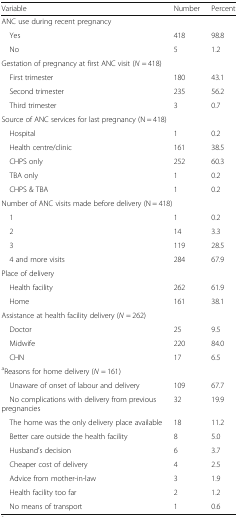
<table><thead><tr><td><b>Variable</b></td><td><b>Number</b></td><td><b>Percent</b></td></tr></thead><tbody><tr><td colspan="3">ANC use during recent pregnancy</td></tr><tr><td> Yes</td><td>418</td><td>98.8</td></tr><tr><td> No</td><td>5</td><td>1.2</td></tr><tr><td colspan="3">Gestation of pregnancy at first ANC visit (<i>N</i> = 418)</td></tr><tr><td> First trimester</td><td>180</td><td>43.1</td></tr><tr><td> Second trimester</td><td>235</td><td>56.2</td></tr><tr><td> Third trimester</td><td>3</td><td>0.7</td></tr><tr><td colspan="3">Source of ANC services for last pregnancy (N = 418)</td></tr><tr><td> Hospital</td><td>1</td><td>0.2</td></tr><tr><td> Health centre/clinic</td><td>161</td><td>38.5</td></tr><tr><td> CHPS only</td><td>252</td><td>60.3</td></tr><tr><td> TBA only</td><td>1</td><td>0.2</td></tr><tr><td> CHPS &amp; TBA</td><td>1</td><td>0.2</td></tr><tr><td colspan="3">Number of ANC visits made before delivery (N = 418)</td></tr><tr><td> 1</td><td>1</td><td>0.2</td></tr><tr><td> 2</td><td>14</td><td>3.3</td></tr><tr><td> 3</td><td>119</td><td>28.5</td></tr><tr><td> 4 and more visits</td><td>284</td><td>67.9</td></tr><tr><td colspan="3">Place of delivery</td></tr><tr><td> Health facility</td><td>262</td><td>61.9</td></tr><tr><td> Home</td><td>161</td><td>38.1</td></tr><tr><td colspan="3">Assistance at health facility delivery (<i>N</i> = 262)</td></tr><tr><td> Doctor</td><td>25</td><td>9.5</td></tr><tr><td> Midwife</td><td>220</td><td>84.0</td></tr><tr><td> CHN</td><td>17</td><td>6.5</td></tr><tr><td colspan="3"><sup>a</sup>Reasons for home delivery (<i>N</i> = 161)</td></tr><tr><td> Unaware of onset of labour and delivery</td><td>109</td><td>67.7</td></tr><tr><td> No complications with delivery from previous pregnancies</td><td>32</td><td>19.9</td></tr><tr><td> The home was the only delivery place available</td><td>18</td><td>11.2</td></tr><tr><td> Better care outside the health facility</td><td>8</td><td>5.0</td></tr><tr><td> Husband’s decision</td><td>6</td><td>3.7</td></tr><tr><td> Cheaper cost of delivery</td><td>4</td><td>2.5</td></tr><tr><td> Advice from mother-in-law</td><td>3</td><td>1.9</td></tr><tr><td> Health facility too far</td><td>2</td><td>1.2</td></tr><tr><td> No means of transport</td><td>1</td><td>0.6</td></tr></tbody></table>